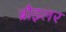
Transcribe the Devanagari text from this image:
ब्रौइलर